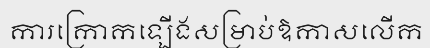
ការក្រោកឡើងសម្រាប់ឱកាសលើក